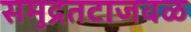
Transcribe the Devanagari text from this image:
समुद्रतटाजवळ